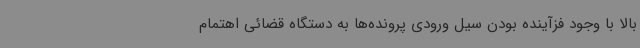
بالا با وجود فزآینده بودن سیل ورودی پرونده‌ها به دستگاه قضائی اهتمام